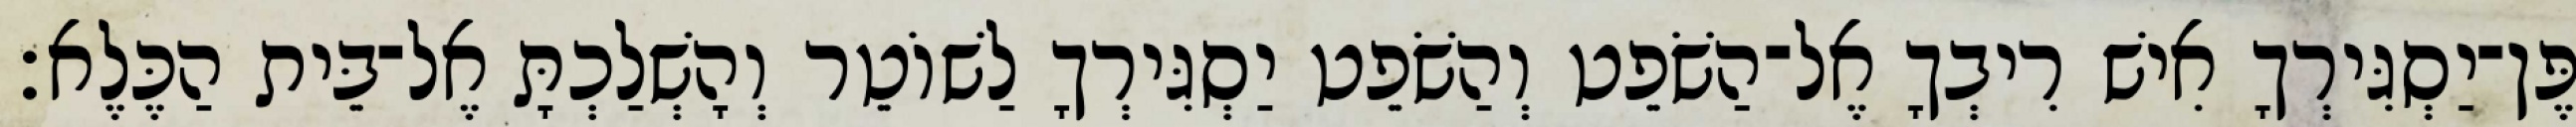
פֶּן־יַסְגִּירְךָ אִישׁ רִיבְךָ אֶל־הַשֹׁפֵט וְהַשֹׁפֵט יַסְגִּירְךָ לַשׁוֹטֵר וְהָשְׁלַכְתָּ אֶל־בֵּית הַכֶּלֶא׃